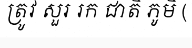
ត្រូវ សួរ រក ជាតិ ភូមិ (